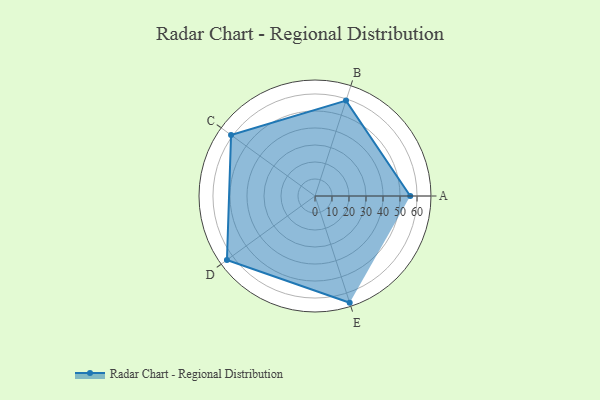
{"axis": {"x": "Skill", "y": "Score"}, "legend": ["Profile"], "data": [{"x": "A", "y": 56.0, "type": "Profile"}, {"x": "B", "y": 59.0, "type": "Profile"}, {"x": "C", "y": 61.0, "type": "Profile"}, {"x": "D", "y": 64.0, "type": "Profile"}, {"x": "E", "y": 66.0, "type": "Profile"}]}